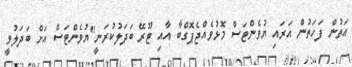
އަތުން ފަހަތުން އަރައި ޔުވެންޓަސް މޮޅުވެއްޖެޕޮގްބާ އާއި ޓޫރޭ ބަދަލުކުރަނީ"ޔުވެންޓަސް އަށް ބަދަލުވީ